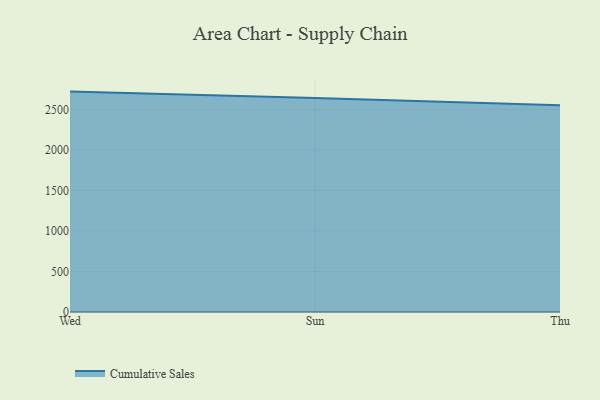
{"axis": {"x": "Day", "y": "Backlog"}, "legend": ["Cumulative Sales"], "data": [{"x": "Wed", "y": 2721.5, "type": "Cumulative Sales"}, {"x": "Sun", "y": 2644.0, "type": "Cumulative Sales"}, {"x": "Thu", "y": 2552.2, "type": "Cumulative Sales"}]}